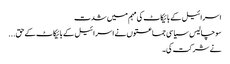
اسرائیل کے بائیکاٹ کی مہم میں شدت
سو چالیس سیاسی جماعتوں نے اسرائیل کے بائیکاٹ کے حق...
نے شرکت کی۔